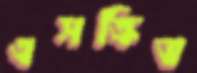
এসক্রিভ